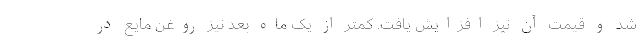
شد و قیمت آن نیز افزایش یافت. کمتر از یک ماه بعد نیز روغن مایع در